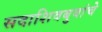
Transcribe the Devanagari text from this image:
सदाशिवबुवांचे